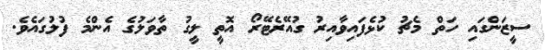
ސީޒަންގައި ހަތް މެޗު ކުޅެފައިވާއިރު ގުއޭރެޓޭރޯ އޮތީ ލީގު ތާވަލުގެ އެންމެ ފުލުގައެވެ.